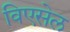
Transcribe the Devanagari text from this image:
विएसेल